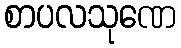
စာပလသုဏေ